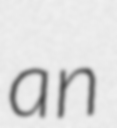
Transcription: an